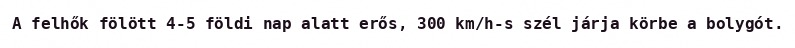
A felhők fölött 4-5 földi nap alatt erős, 300 km/h-s szél járja körbe a bolygót.